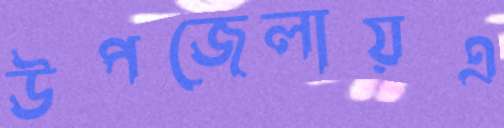
উপজেলায়এ